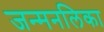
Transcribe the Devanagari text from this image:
जन्मनलिका